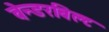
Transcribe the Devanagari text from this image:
वेन्डरबिल्ट